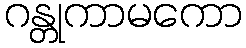
ဂန္တုကာမကော